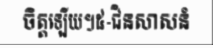
ចិត្តឡើយ។៥-ជិនសាសនំ